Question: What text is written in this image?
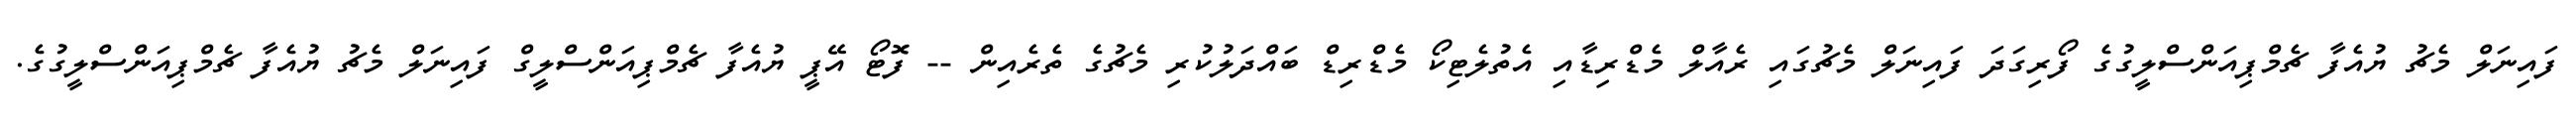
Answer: ފައިނަލް މެޗު ޔުއެފާ ޗެމްޕިއަންސްލީގުގެ ފޯރިގަދަ ފައިނަލް މެޗުގައި ރެއާލް މެޑްރިޑާއި އެތުލެޓިކޯ މެޑްރިޑް ބައްދަލުކުރި މެޗުގެ ތެރެއިން -- ފޮޓޯ އޭޕީ ޔުއެފާ ޗެމްޕިއަންސްލީގް ފައިނަލް މެޗު ޔުއެފާ ޗެމްޕިއަންސްލީގުގެ.